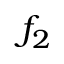
f _ { 2 }